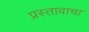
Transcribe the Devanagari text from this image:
प्रस्तावाचा